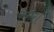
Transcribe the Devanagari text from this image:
करोर।